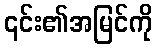
၎င်း၏အမြင်ကို